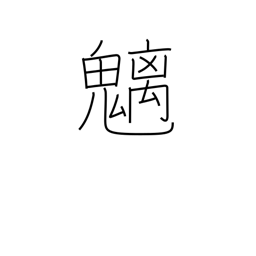
Meaning: mountain spirits